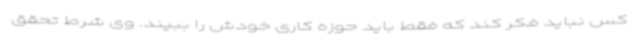
کس نباید فکر کند که فقط باید حوزه کاری خودش را ببیند. وی شرط تحقق